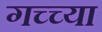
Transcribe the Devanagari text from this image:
गच्च्या